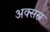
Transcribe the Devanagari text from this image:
अक्सस्र